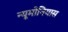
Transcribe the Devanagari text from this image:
न्यूमोनियास